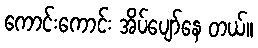
ကောင်းကောင်း အိပ်ပျော်နေ တယ်။